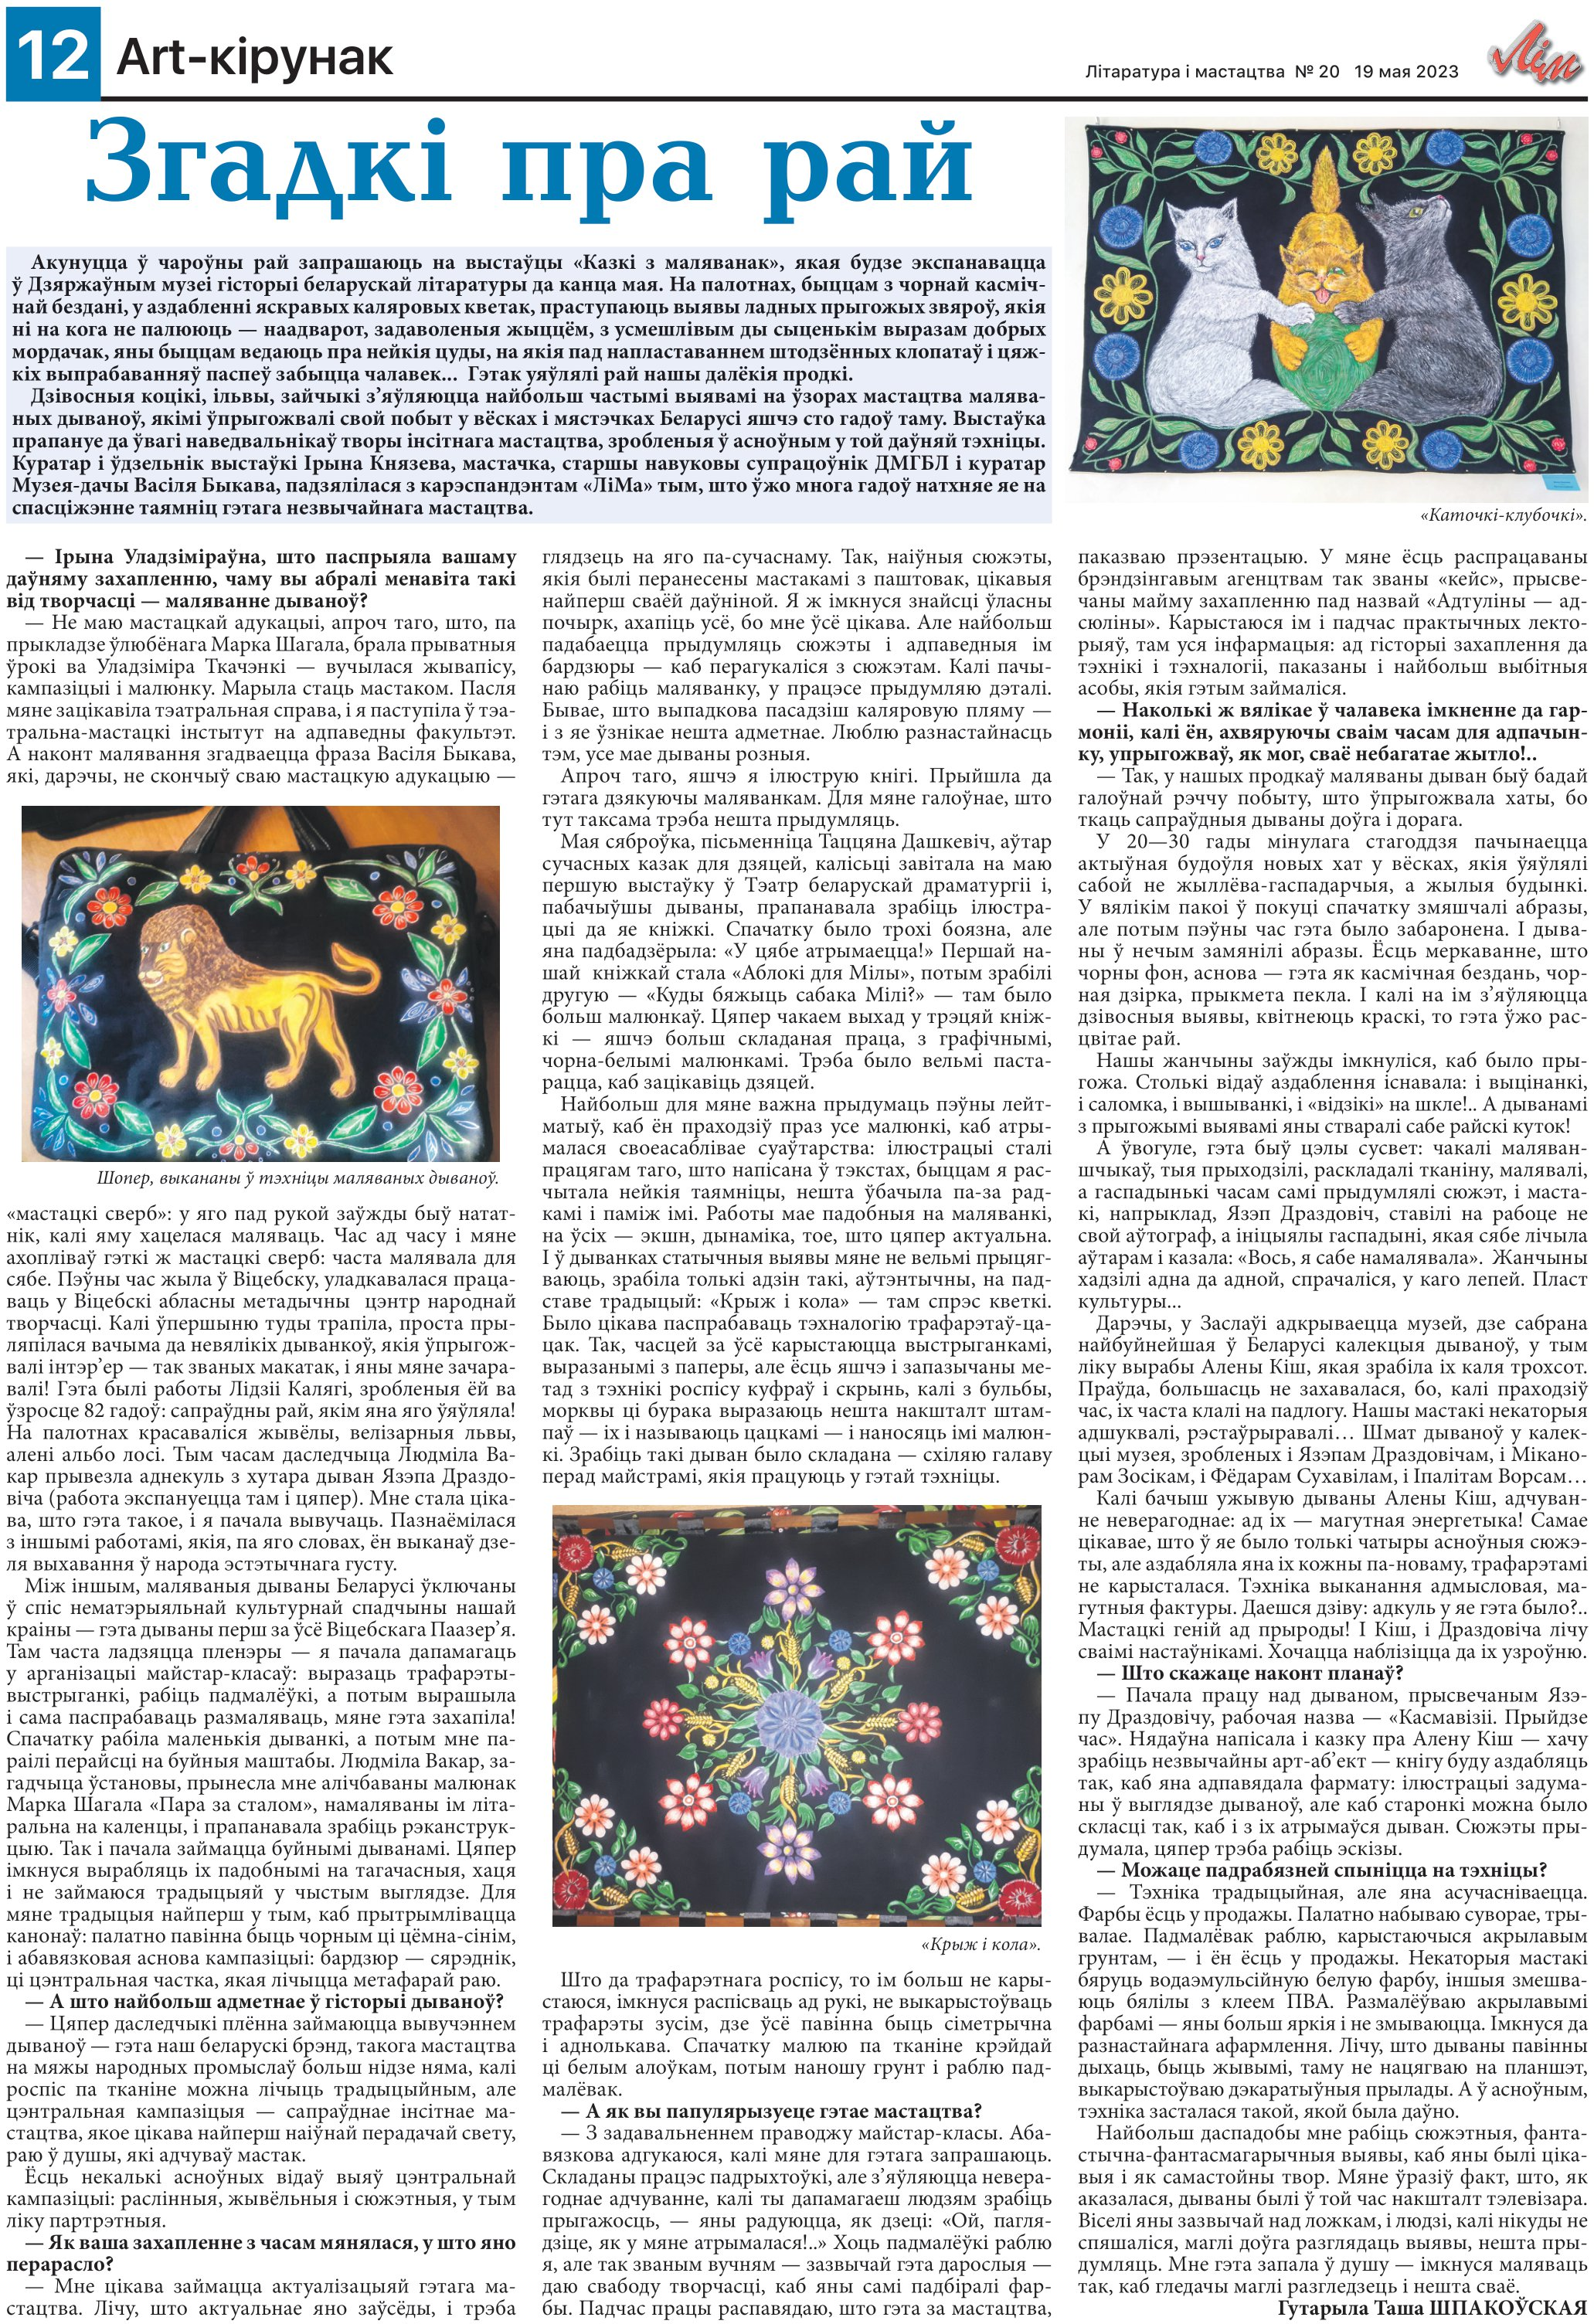
Language: be